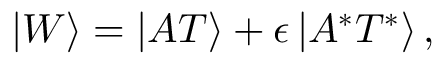
\left| W \right\rangle = \left| A T \right\rangle + \epsilon \left| A ^ { * } T ^ { * } \right\rangle ,